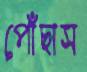
পোঁছাস